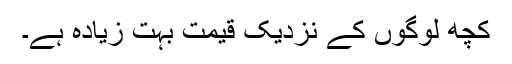
کچھ لوگوں کے نزدیک قیمت بہت زیادہ ہے۔